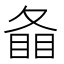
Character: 𥇠